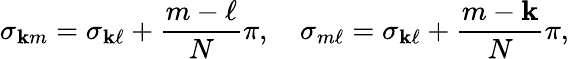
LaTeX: \sigma_{\mathbf{k}m}=\sigma_{\mathbf{k}\ell}+{\frac{{m-\ell}}{{N}}}\pi,\quad\sigma_{m\ell}=\sigma_{\mathbf{k}\ell}+{\frac{{m-\mathbf{k}}}{{N}}}\pi,